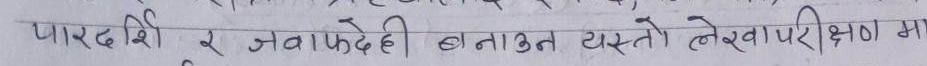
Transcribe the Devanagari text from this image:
पारदर्शी र जवाफदेही बनाउन यस्तो लेखापरीक्षण मा